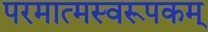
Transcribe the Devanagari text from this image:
परमात्मस्वरूपकम्